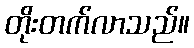
တိုးတက်လာသည်။